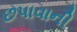
છપાવાની